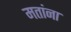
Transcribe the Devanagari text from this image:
मतांना